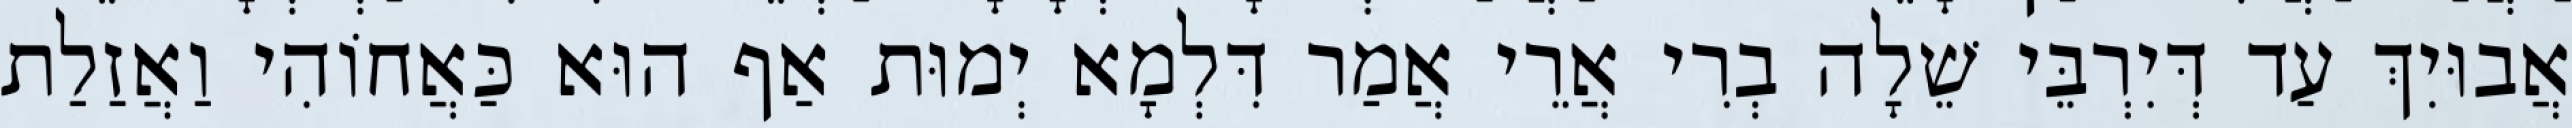
אֲבוּיִךְ עַד דְּיִרְבֵּי שֵׁלָה בְרִי אֲרֵי אֲמַר דִּלְמָא יְמוּת אַף הוּא כַּאֲחוֹהִי וַאֲזַלַת